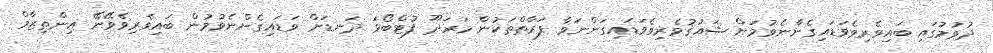
ދުވުމުގައި ބައިވެރިވެވަޑައިގެންނެވުމަށް ޝައުޤުވެރިވެވަޑައިގަންނަވާ ފަރާތްތަކުން މަރަދޫ ފުޓްބޯޅަ ދަނޑަށް ވަޑައިގެންނެވުމުން ބައިވެރިވެވޭނޭ އިންތިޒާމް